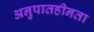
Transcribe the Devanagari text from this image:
अनुपातहीनता